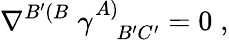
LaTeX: \nabla^{B^{\prime}(B}\; \gamma_{\; \; \; B^{\prime}C^{\prime}}^{A)}=0\; ,